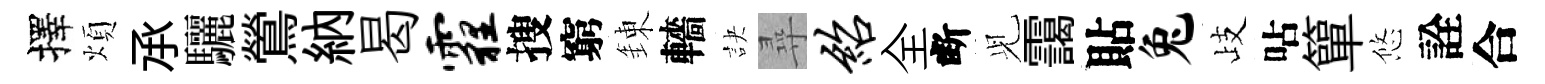
擇煩𠄘驪鶯納曷霾搜窮錬轖訣尋绍全断𫤗靄貼兔歧呫簞悠詮合